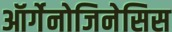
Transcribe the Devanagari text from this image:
ऑर्गेनोजिनेसिस